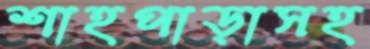
শাহপাড়াসহ